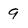
Character: 9